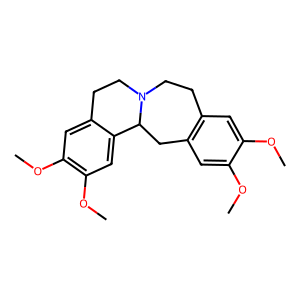
SMILES: COc1cc2c(cc1OC)CC1c3cc(OC)c(OC)cc3CCN1CC2
Inhibits HIV replication: No